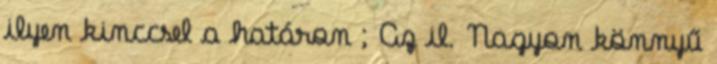
ilyen kinccsel a határon ; Az il. Nagyon könnyű